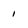
Character: 1